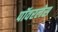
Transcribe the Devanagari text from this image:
पॉवरलेस